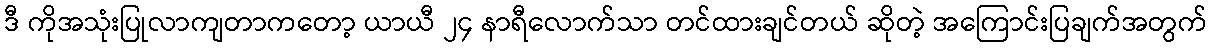
ဒီ ကိုအသုံးပြုလာကျတာကတော့ ယာယီ ၂၄ နာရီလောက်သာ တင်ထားချင်တယ် ဆိုတဲ့ အကြောင်းပြချက်အတွက်